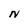
Character: N